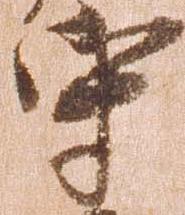
守